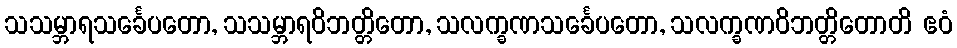
သသမ္ဘာရသင်္ခေပတော, သသမ္ဘာရဝိဘတ္တိတော, သလက္ခဏသင်္ခေပတော, သလက္ခဏဝိဘတ္တိတောတိ ဧဝံ